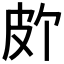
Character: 𪾆